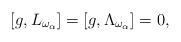
LaTeX: \begin{align*}[g,L_{\omega_\alpha}]=[g,\Lambda_{\omega_\alpha}] =0,\end{align*}